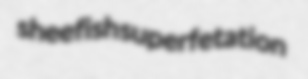
sheefish superfetation